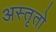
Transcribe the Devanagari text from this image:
अस्तृतो